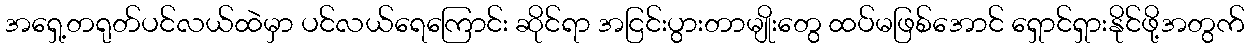
အရှေ့တရုတ်ပင်လယ်ထဲမှာ ပင်လယ်ရေကြောင်း ဆိုင်ရာ အငြင်းပွားတာမျိုးတွေ ထပ်မဖြစ်အောင် ရှောင်ရှားနိုင်ဖို့အတွက်